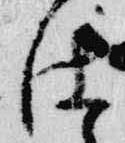
仕